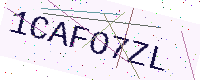
Text: 1CAFO7ZL